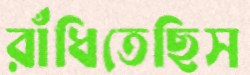
রাঁধিতেছিস